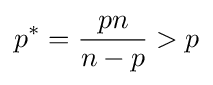
p^{*}={\frac {pn}{n-p}}>p